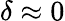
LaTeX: \delta\approx 0